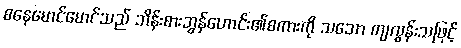
စနေမောင်မောင်သည် ဘိန်းစားဘွန်ဟောင်း၏စကားကို သဘော ကျလွန်းသဖြင့်